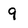
Character: 9